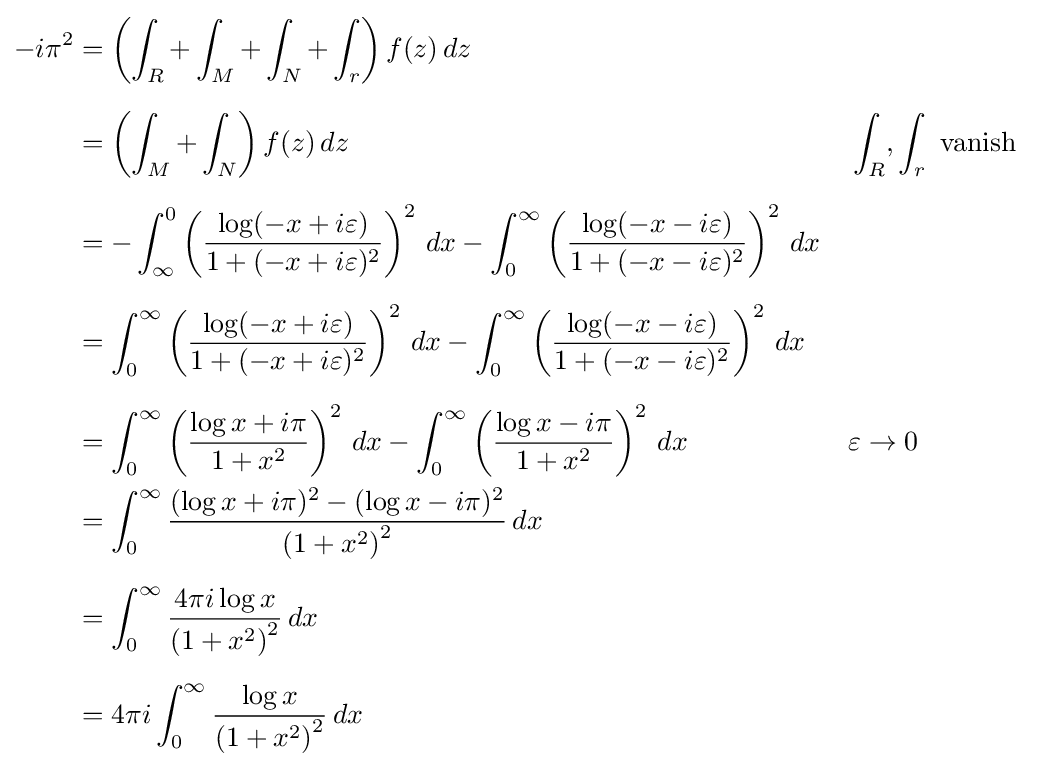
{\begin{aligned}-i\pi ^{2}&=\left(\int _{R}+\int _{M}+\int _{N}+\int _{r}\right)f(z)\,dz\\[6pt]&=\left(\int _{M}+\int _{N}\right)f(z)\,dz&&\int _{R},\int _{r}{\mbox{ vanish}}\\[6pt]&=-\int _{\infty }^{0}\left({\frac {\log(-x+i\varepsilon )}{1+(-x+i\varepsilon )^{2}}}\right)^{2}\,dx-\int _{0}^{\infty }\left({\frac {\log(-x-i\varepsilon )}{1+(-x-i\varepsilon )^{2}}}\right)^{2}\,dx\\[6pt]&=\int _{0}^{\infty }\left({\frac {\log(-x+i\varepsilon )}{1+(-x+i\varepsilon )^{2}}}\right)^{2}\,dx-\int _{0}^{\infty }\left({\frac {\log(-x-i\varepsilon )}{1+(-x-i\varepsilon )^{2}}}\right)^{2}\,dx\\[6pt]&=\int _{0}^{\infty }\left({\frac {\log x+i\pi }{1+x^{2}}}\right)^{2}\,dx-\int _{0}^{\infty }\left({\frac {\log x-i\pi }{1+x^{2}}}\right)^{2}\,dx&&\varepsilon \to 0\\&=\int _{0}^{\infty }{\frac {(\log x+i\pi )^{2}-(\log x-i\pi )^{2}}{\left(1+x^{2}\right)^{2}}}\,dx\\[6pt]&=\int _{0}^{\infty }{\frac {4\pi i\log x}{\left(1+x^{2}\right)^{2}}}\,dx\\[6pt]&=4\pi i\int _{0}^{\infty }{\frac {\log x}{\left(1+x^{2}\right)^{2}}}\,dx\end{aligned}}